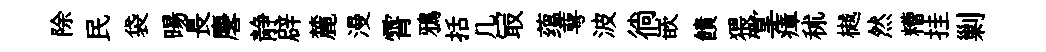
除民袋暘長麐静辟麓漫霄鴉括几冣蕴萼波徜嵌饋猥掌瘴秫樾然糟挂剿